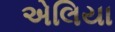
એલિયા